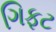
ગિફટ